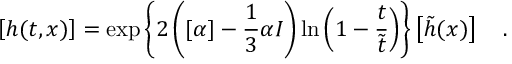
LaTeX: \left[ h ( t , x ) \right] = \exp \left\{ 2 \left( [ \alpha ] - \frac { 1 } { 3 } \alpha I \right) \ln \left( 1 - \frac { t } { \tilde { t } } \right) \right\} \left[ \tilde { h } ( x ) \right] ~ ~ ~ .